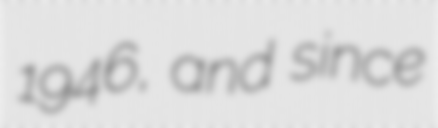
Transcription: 1946, and since